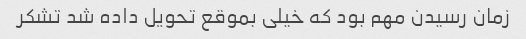
زمان رسیدن مهم بود که خیلی بموقع تحویل داده شد تشکر